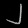
Digit: ၂